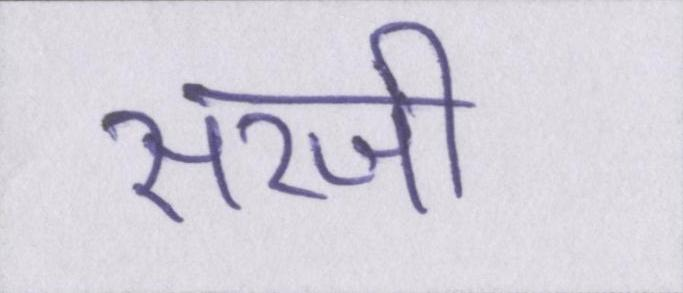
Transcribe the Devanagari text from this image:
सरजी